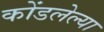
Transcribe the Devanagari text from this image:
कोंडलेल्या